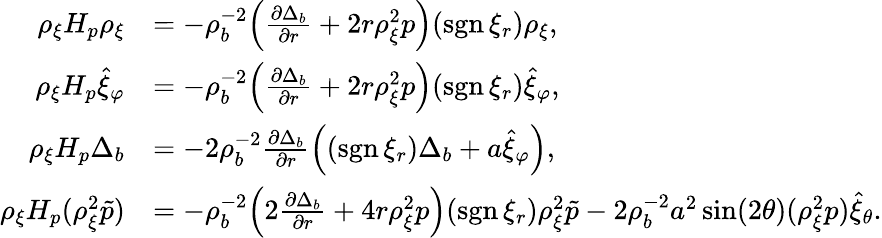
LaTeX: \begin{array}{rl}{\rho_{\xi}H_{p}\rho_{\xi}}&{=-\rho_{b}^{-2}\Big(\frac{\partial\Delta_{b}}{\partial r}+2r\rho_{\xi}^{2}p\Big)(\mathrm{sgn\, }\xi_{r})\rho_{\xi},}\\ {\rho_{\xi}H_{p}\hat{\xi}_{\varphi}}&{=-\rho_{b}^{-2}\Big(\frac{\partial\Delta_{b}}{\partial r}+2r\rho_{\xi}^{2}p\Big)(\mathrm{sgn\, }\xi_{r})\hat{\xi}_{\varphi},}\\ {\rho_{\xi}H_{p}\Delta_{b}}&{=-2\rho_{b}^{-2}\frac{\partial\Delta_{b}}{\partial r}\Big((\mathrm{sgn\, }\xi_{r})\Delta_{b}+a\hat{\xi}_{\varphi}\Big),}\\ {\rho_{\xi}H_{p}(\rho_{\xi}^{2}\tilde{p})}&{=-\rho_{b}^{-2}\Big(2\frac{\partial\Delta_{b}}{\partial r}+4r\rho_{\xi}^{2}p\Big)(\mathrm{sgn\, }\xi_{r})\rho_{\xi}^{2}\tilde{p}-2\rho_{b}^{-2}a^{2}\sin(2\theta)(\rho_{\xi}^{2}p)\hat{\xi}_{\theta}.}\end{array}